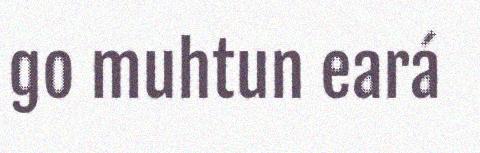
go muhtun eará